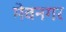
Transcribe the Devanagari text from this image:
मेवनगर